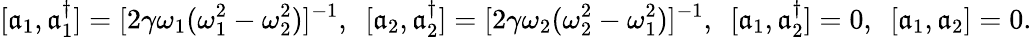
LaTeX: [\mathfrak{a}_{1},\mathfrak{a}_{1}^{\dagger}]=[2\gamma\omega_{1}(\omega_{1}^{2}-\omega_{2}^{2})]^{-1},~~[\mathfrak{a}_{2},\mathfrak{a}_{2}^{\dagger}]=[2\gamma\omega_{2}(\omega_{2}^{2}-\omega_{1}^{2})]^{-1},~~[\mathfrak{a}_{1},\mathfrak{a}_{2}^{\dagger}]=0,~~[\mathfrak{a}_{1},\mathfrak{a}_{2}]=0.